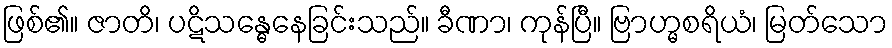
ဖြစ်၏။ ဇာတိ၊ ပဋိသန္ဓေနေခြင်းသည်။ ခီဏာ၊ ကုန်ပြီ။ ဗြာဟ္မစရိယံ၊ မြတ်သော